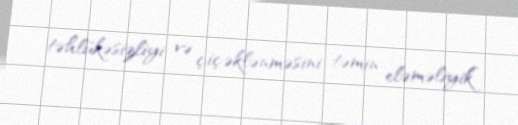
təhlükəsizliyi və çiçəklənməsini təmin eləməliyik”.